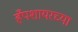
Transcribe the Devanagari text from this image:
हँपशायरच्या